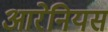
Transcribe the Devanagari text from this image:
आरेनियस